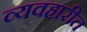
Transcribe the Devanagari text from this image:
व्यवहारीत